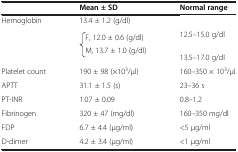
<table><thead><tr><td><b> </b></td><td><b>Mean ± SD</b></td><td><b>Normal range</b></td></tr></thead><tbody><tr><td>Hemoglobin</td><td>13.4 ± 1.2 (g/dl)</td><td> </td></tr><tr><td rowspan="2"> </td><td>F, 12.0 ± 0.6 (g/dl)</td><td>12.5–15.0 g/dl</td></tr><tr><td>M, 13.7 ± 1.0 (g/dl)</td><td>13.5–17.0 g/dl</td></tr><tr><td>Platelet count</td><td>190 ± 98 (×10<sup>3</sup>/μl)</td><td>160–350 × 10<sup>3</sup>/μl</td></tr><tr><td>APTT</td><td>31.1 ± 1.5 (s)</td><td>23–36 s</td></tr><tr><td>PT-INR</td><td>1.07 ± 0.09</td><td>0.8–1.2</td></tr><tr><td>Fibrinogen</td><td>320 ± 47 (mg/dl)</td><td>160–350 mg/dl</td></tr><tr><td>FDP</td><td>6.7 ± 4.4 (μg/ml)</td><td>&lt;5 μg/ml</td></tr><tr><td>D-dimer</td><td>4.2 ± 3.4 (μg/ml)</td><td>&lt;1 μg/ml</td></tr></tbody></table>